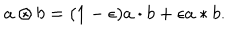
a \otimes b = ( 1 - \epsilon ) a \cdot b + \epsilon a * b .